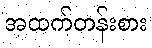
အထက်တန်းစား